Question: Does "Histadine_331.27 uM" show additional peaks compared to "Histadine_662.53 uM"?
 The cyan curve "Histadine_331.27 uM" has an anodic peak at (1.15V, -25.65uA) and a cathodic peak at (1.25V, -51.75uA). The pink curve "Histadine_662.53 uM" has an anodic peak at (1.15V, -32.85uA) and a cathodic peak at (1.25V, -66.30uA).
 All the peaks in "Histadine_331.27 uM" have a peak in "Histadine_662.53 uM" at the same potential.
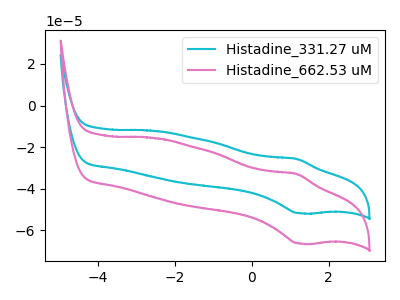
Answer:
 <answer>No, "Histadine_331.27 uM" and "Histadine_662.53 uM" don't appear to be significantly different in shape</answer>
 <eval>no_change</eval>